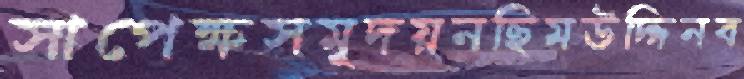
সাপেক্ষসমূদয়নছিমউদ্দিনব